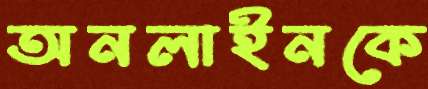
অনলাইনকে